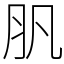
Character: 䏎